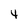
Character: 4